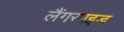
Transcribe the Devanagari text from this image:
लैंगसाइड